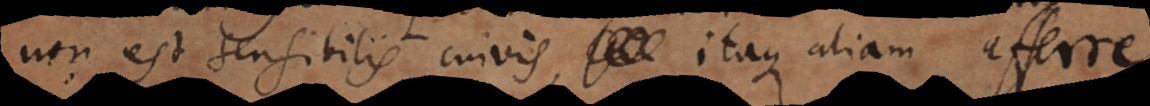
non est sensibilis cuivis, itaque aliam afferre